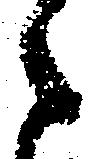
之